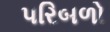
પરિબળો